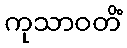
ကုသာဝတိံ